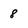
Character: 8